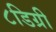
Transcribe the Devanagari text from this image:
८डिग्री